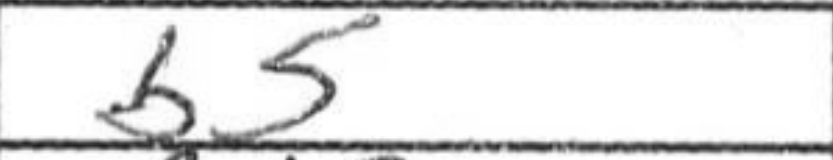
Transcription: b5